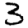
Digit: 3